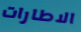
الاطارات